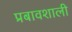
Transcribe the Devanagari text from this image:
प्रबावशाली